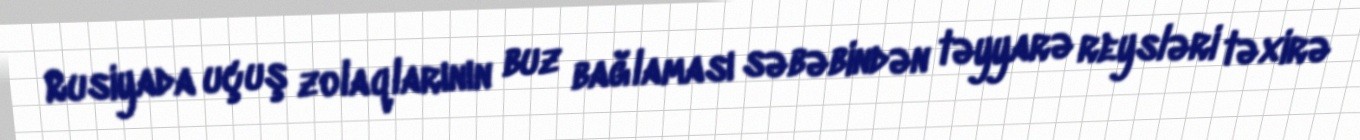
Rusiyada uçuş zolaqlarının buz bağlaması səbəbindən təyyarə reysləri təxirə